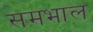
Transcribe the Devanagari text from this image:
समभाल